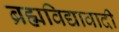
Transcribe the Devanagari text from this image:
ब्रह्मविद्यावादी